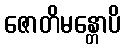
ဇောတိမန္တောပိ